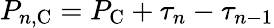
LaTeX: P_{n,{\mathrm C}}=P_{\mathrm C}+\tau_{n}-\tau_{n-1}